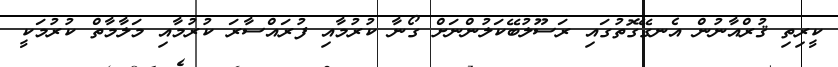
ކީރިތި ޤުރްއާނުން އެނގޭގޮތުގައި ރަސޫލުބޭކަލުންނަށް ގޯނާ ކުރުމާއި ފުރައްސާރަ ކުރުމާއި މަލާމާތް ކުރުމަކީ